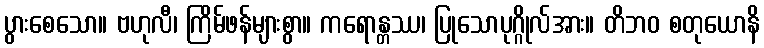
ပွားစေသော။ ဗဟုလီ၊ ကြိမ်ဖန်များစွာ။ ကရောန္တဿ၊ ပြုသောပုဂ္ဂိုလ်အား။ တိဘဝ စတုယောနိ